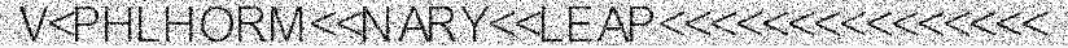
V<PHLHORM<<NARY<<LEAP<<<<<<<<<<<<<<<